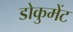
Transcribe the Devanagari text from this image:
डोकुमेंट